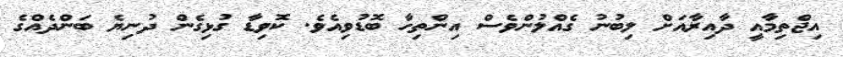
އިޖްތިމާއީ ދާއިރާއަށް ލިބުނު ގެއްލުންވެސް އިންތިހާ ބޮޑުވިއެވެ. ކޮވިޑާ ގުޅިގެން ދުނިޔެ ބަންދެއްގެ